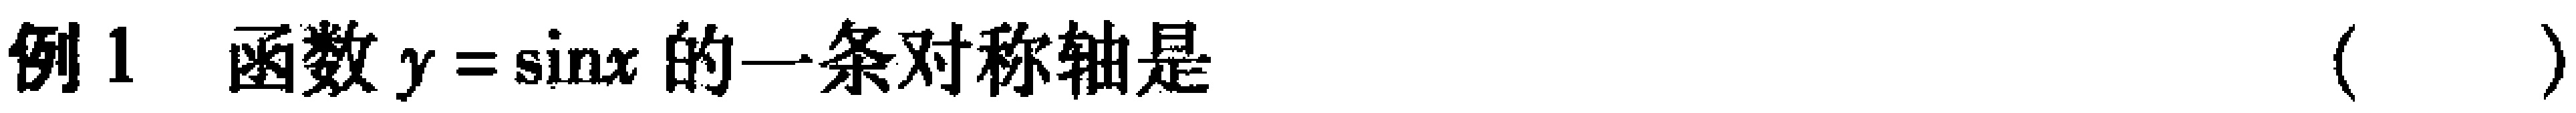
例1 函数\(y = \sin x\)的一条对称轴是（  ）